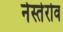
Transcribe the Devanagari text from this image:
नेस्तेरोव